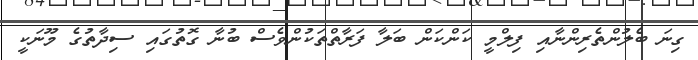
ގިނަ ބެލުންތެރިންނާއި ފިލްމީ ކަންކަން ބަލާ ފަރާތްތަކުންވެސް ބުނާ ގޮތުގައި ސިދާތުގެ މޫނަކީ